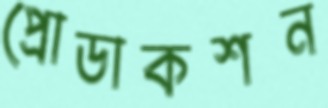
প্রোডাকশন